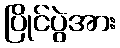
ပြိုင်ပွဲအား